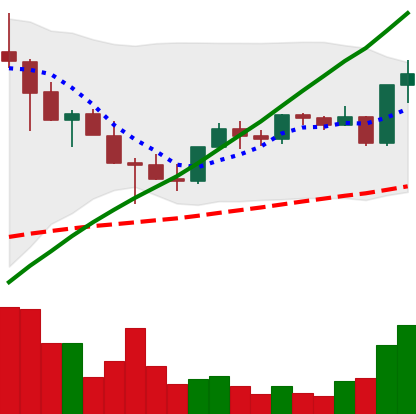
Ticker: TRX-USD
Chart end date: 2021-05-06
Forward return: -8.531%
Label: down_7plus